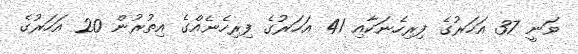
ވަނީ 37 އަހަރުގެ ފިރިހެނަކާއި 41 އަހަރުގެ ފިރިހެނެއްގެ އިތުރުން 20 އަހަރުގެ